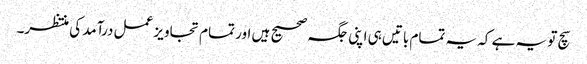
سچ تو یہ ہے کہ یہ تمام باتیں ہی اپنی جگہ صحیح ہیں اور تمام تجاویز عمل درآمد کی منتظر۔